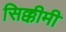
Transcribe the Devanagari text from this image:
सिक्कीमी